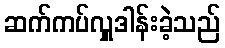
ဆက်ကပ်လှူဒါန်းခဲ့သည်